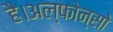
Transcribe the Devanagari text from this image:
है।अल्फोन्सो